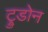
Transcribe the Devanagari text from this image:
ट्रुडोन